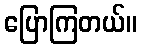
ပြောကြတယ်။